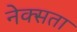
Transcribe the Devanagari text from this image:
नेक्सता